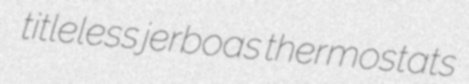
titleless jerboas thermostats